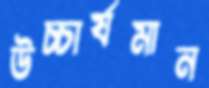
উচ্চার্যমান